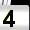
Digit: 4